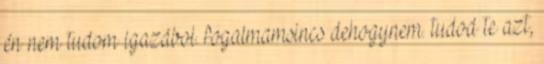
én nem tudom igazábol. fogalmamsincs dehogynem. tudod te azt,